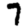
Digit: 7